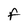
Character: F